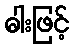
ဓါးဖြင့်